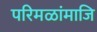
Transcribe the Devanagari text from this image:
परिमळांमाजि